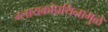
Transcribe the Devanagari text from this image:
ग्लायकोप्रथिनामुळे